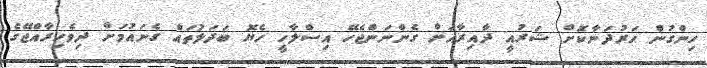
ހިންގުން ހަރުދަނާކޮށް ޝަރުއީ ދާއިރާއަށް ގެންނަންޖެހޭ އިސްލާހީ ހެޔޮ ބަދަލުތައް ގެނައުމަށް ދިވެހިރާއްޖޭގެ